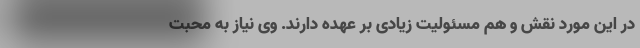
در این مورد نقش و هم مسئولیت زیادی بر عهده ‌دارند. وی نیاز به محبت